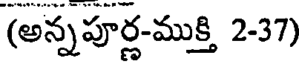
(అన్నపూర్ణ-ముక్తి 2-37)